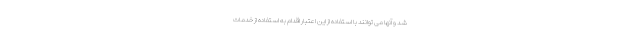
شد و آنها می توانند با استفاده از این اعتبار اقدام به استفاده از خدمات